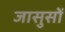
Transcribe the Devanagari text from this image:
जासुसों